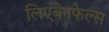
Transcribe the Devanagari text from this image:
लिएबेनफेल्स